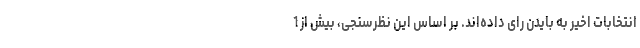
انتخابات اخیر به بایدن رای داده‌اند. بر اساس این نظرسنجی، بیش از 1